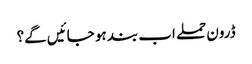
ڈرون حملے اب بند ہو جائیں گے؟